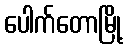
ပေါက်တောမြို့